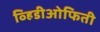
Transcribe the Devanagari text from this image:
व्हिडीओफिती